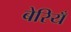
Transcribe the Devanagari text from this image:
बेरियँ